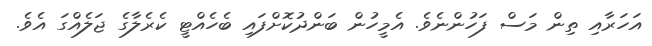
އަހަރާއި ތިން މަސް ފަހުންނެވެ. އެމީހުން ބަންދުކޮށްފައި ބެހެއްޓީ ކެރެލާގެ ޖަލެއްގަ އެވެ.